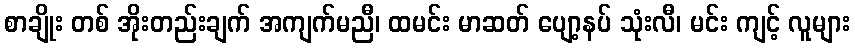
စာချိုး တစ် အိုးတည်းချက် အကျက်မညီ၊ ထမင်း မာဆတ် ပျော့နပ် သုံးလီ၊ မင်း ကျင့် လူများ